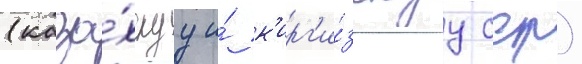
(каза́хскуу и́ к'ирг'и́зскуу сср)